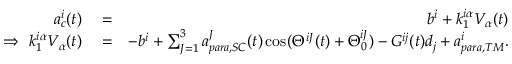
\begin{array} { r l r } { a _ { c } ^ { i } ( t ) } & { { } = } & { b ^ { i } + k _ { 1 } ^ { i \alpha } V _ { \alpha } ( t ) } \\ { \Rightarrow \ k _ { 1 } ^ { i \alpha } V _ { \alpha } ( t ) } & { { } = } & { - b ^ { i } + \sum _ { J = 1 } ^ { 3 } a _ { p a r a , S C } ^ { J } ( t ) \cos ( \Theta ^ { i J } ( t ) + \Theta _ { 0 } ^ { i J } ) - G ^ { i j } ( t ) d _ { j } + a _ { p a r a , T M } ^ { i } . } \end{array}